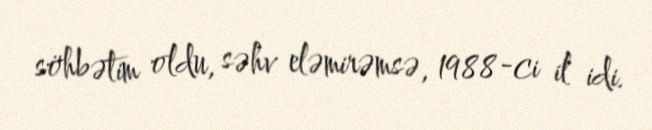
söhbətim oldu, səhv eləmirəmsə, 1988-ci il idi.